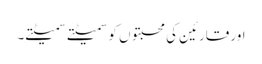
اور قارئین کی محبتوں کو سمیٹتے سمیٹتے۔